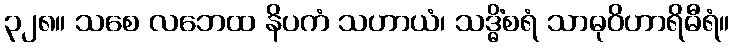
၃၂၈။ သစေ လဘေထ နိပကံ သဟာယံ၊ သဒ္ဓိံစရံ သာဓုဝိဟာရိဓီရံ။